NAE_EAOK_eestikeelsed_sunnimeetrikad, lk 185
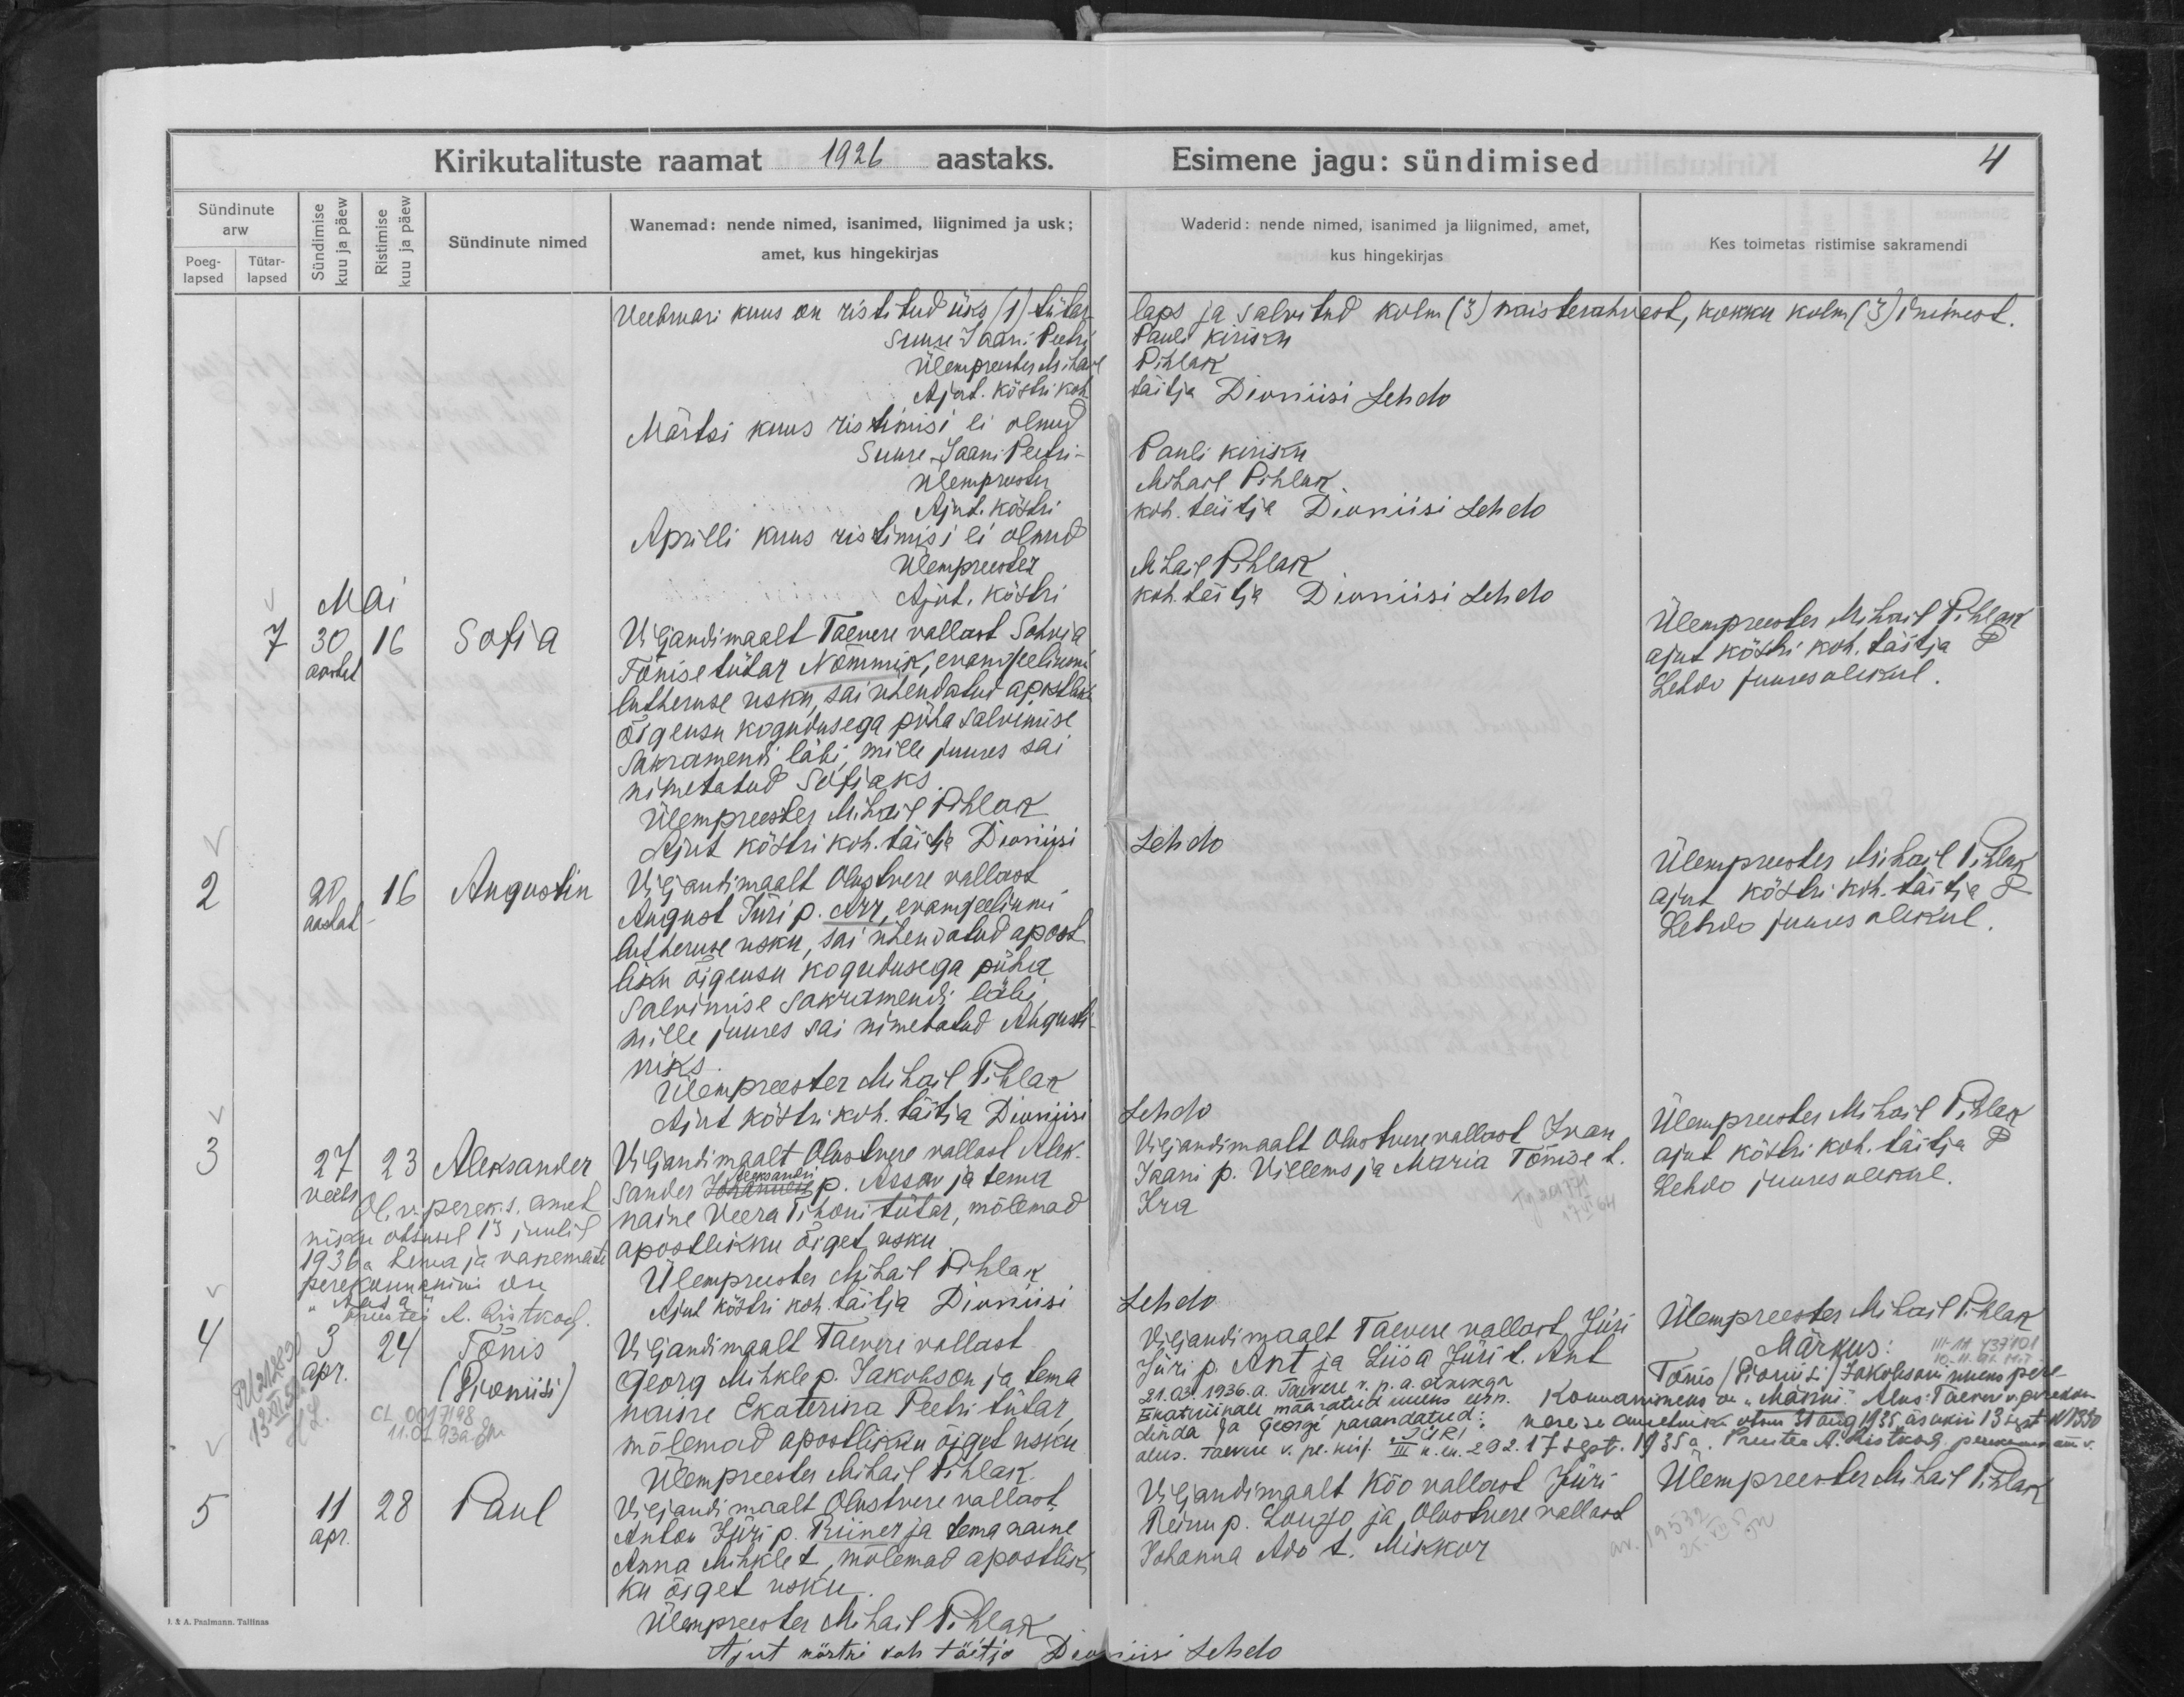
Sofia

Augustin

Aleksander

Tõnis
Dioniisi

Paul

Viljandimaalt Taevere vallast Sohvia
Tõnise tütar Nõmmik, evangeliumi
lutheruse usku, sai ühendatud apostliku
õigeusu kogudusega püha salvimise
sakramendi läbi, mille juures sai
nimetatud Sofiaks.

Viljandimaalt Olustvere vallast
August Jüri p. Arr, evangeeliumi
lutheruse usku, sai ühendatud apost-
liku õigeusu kogudusega püha
salvimise sakramendi läbi
mille juures sai nimetatud Augusti
niks.

Viljandimaalt Olustvere vallast Alek-
Aleksandri
sander Johannese p. Assar ja tema
naine Veera Tihoni tütar, mõlemad
apostliku õiget usku

Viljandimaalt Taevere vallast
Georg Mihkli p. Jakobson ja tema
naine Ekaterina Peetri tütar,
mõlemad apostlikku õiget usku.

Viljandimaalt Olustvere vallast
Anton Jüri p Riiner ja tema naine
Anna Mihkli t., mõlemad apostlik-
ku õiget usku.